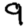
Digit: 9